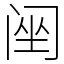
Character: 䦷